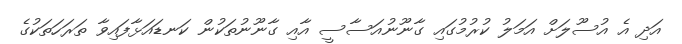
އަދި އެ އުސޫލަށް އަމަލު ކުރުމުގައި ގާނޫނުއަސާސީ އާއި ގާނޫނުތަކުން ކަނޑައަޅާފައިވާ ތަރަހަތަަކުގެ